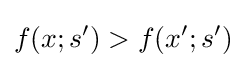
f(x;s')>f(x';s')